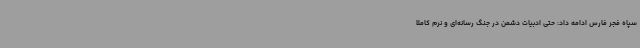
سپاه فجر فارس ادامه داد: حتی ادبیات دشمن در جنگ رسانه‌ای و نرم کاملاً